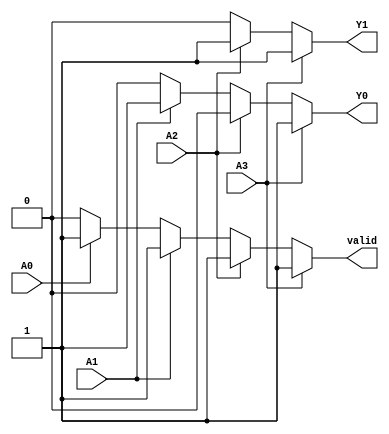
module priority_encoder (
    input wire A0,    // Input 0 (Lowest priority)
    input wire A1,    // Input 1
    input wire A2,    // Input 2
    input wire A3,    // Input 3 (Highest priority)
    output reg Y0,    // Output 0
    output reg Y1,    // Output 1
    output reg valid   // Valid output signal (1 if valid, 0 if no input is active)
);

always @(*) begin
    // Default outputs
    Y0 = 1'b0;
    Y1 = 1'b0;
    valid = 1'b0; // Assume no valid input initially

    // Priority encoding logic
    if (A3) begin
        Y1 = 1'b1;
        Y0 = 1'b1;
        valid = 1'b1; // A3 is active
    end else if (A2) begin
        Y1 = 1'b1;
        Y0 = 1'b0;
        valid = 1'b1; // A2 is active
    end else if (A1) begin
        Y1 = 1'b0;
        Y0 = 1'b1;
        valid = 1'b1; // A1 is active
    end else if (A0) begin
        Y1 = 1'b0;
        Y0 = 1'b0;
        valid = 1'b1; // A0 is active
    end
    // If no inputs are active, Y0 and Y1 remain 0 and valid remains 0
end

endmodule